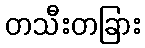
တသီးတခြား